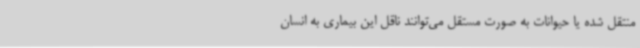
منتقل شده یا حیوانات به صورت مستقل می‌توانند ناقل این بیماری به انسان